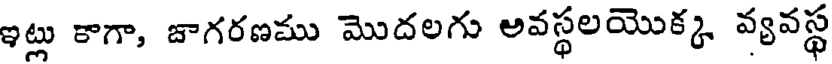
ఇట్లు కాగా, జాగరణము మొదలగు అవస్థలయొక్క వ్యవస్థ